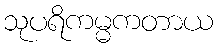
သုပရိကမ္မကတာယ